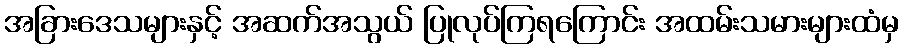
အခြားဒေသများနှင့် အဆက်အသွယ် ပြုလုပ်ကြရကြောင်း အထမ်းသမားများထံမှ